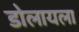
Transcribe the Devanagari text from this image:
डोलायला